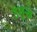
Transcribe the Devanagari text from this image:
उंमुख